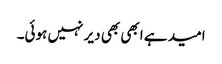
امید ہے ابھی بھی دیر نہیں ہوئی۔